Annual administration report of the Civil Veterinary Department of India - 1892-1893
Year: 1892
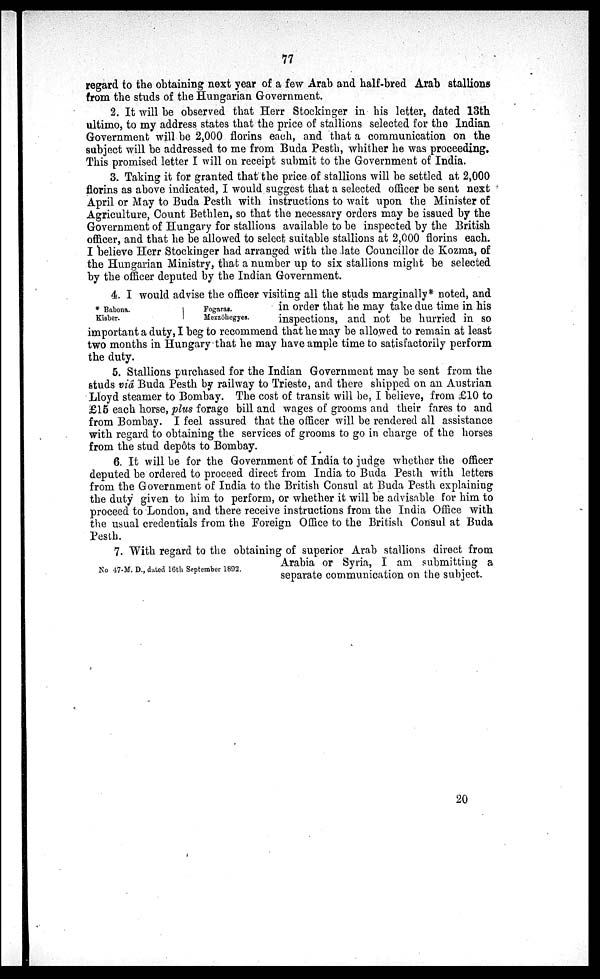
77
regard to the obtaining next year of a few Arab and half-bred Arab stallions
from the studs of the Hungarian Government.
2. It will be observed that Herr Stockinger in his letter, dated 13th
ultimo, to my address states that the price of stallions selected for the Indian
Government will be 2,000 florins each, and that a communication on the
subject will be addressed to me from Buda Pesth, whither he was proceeding.
This promised letter I will on receipt submit to the Government of India.
3. Taking it for granted that the price of stallions will be settled at 2,000
florins as above indicated, I would suggest that a selected officer be sent next
April or May to Buda Pesth with instructions to wait upon the Minister of
Agriculture, Count Bethlen, so that the necessary orders may be issued by the
Government of Hungary for stallions available to be inspected by the British
officer, and that he be allowed to select suitable stallions at 2,000 florins each.
I believe Herr Stockinger had arranged with the late Councillor de Kozma, of
the Hungarian Ministry, that a number up to six stallions might be selected
by the officer deputed by the Indian Government.
* Babona.
Kisber.
Fogaras.
Mezzöhegyes.
4. I would advise the officer visiting all the studs marginally* noted, and
in order that he may take due time in his
inspections, and not be hurried in so
important a duty, I beg to recommend that he may be allowed to remain at least
two months in Hungary that he may have ample time to satisfactorily perform
the duty.
5. Stallions purchased for the Indian Government may be sent from the
studs viâ Buda Pesth by railway to Trieste, and there shipped on an Austrian
Lloyd steamer to Bombay. The cost of transit will be, I believe, from £10 to
£15 each horse, plus forage bill and wages of grooms and their fares to and
from Bombay. I feel assured that the officer will be rendered all assistance
with regard to obtaining the services of grooms to go in charge of the horses
from the stud depôts to Bombay.
6. It will be for the Government of India to judge whether the officer
deputed be ordered to proceed direct from India to Buda Pesth with letters
from the Government of India to the British Consul at Buda Pesth explaining
the duty given to him to perform, or whether it will be advisable for him to
proceed to London, and there receive instructions from the India Office with
the usual credentials from the Foreign Office to the British Consul at Buda
Pesth.
No 47-M. D., dated 16th September 1892.
7. With regard to the obtaining of superior Arab stallions direct from
Arabia or Syria, I am submitting a
separate communication on the subject.
20